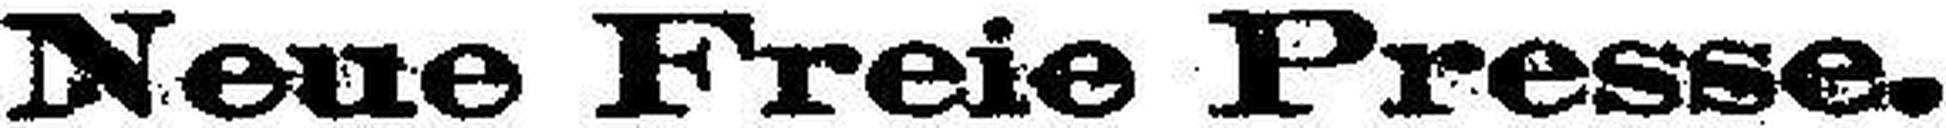
Neue Freie Presse.